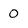
Character: 0